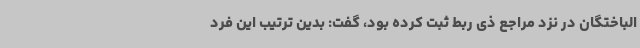
الباختگان در نزد مراجع ذی ربط ثبت کرده بود، گفت: بدین ترتیب این فرد